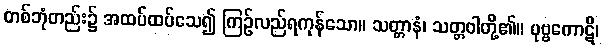
တစ်ဘုံတည်း၌ အထပ်ထပ်သေ၍ ကြဉ်လည်ရကုန်သော။ သတ္တာနံ၊ သတ္တဝါတို့၏။ ပုဗ္ဗကောဋိ၊